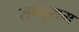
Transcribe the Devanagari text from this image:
लब्भूराम